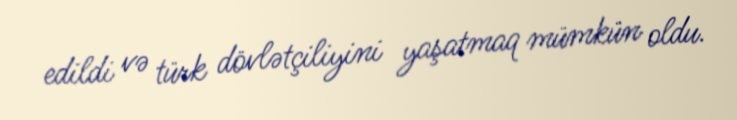
edildi və türk dövlətçiliyini yaşatmaq mümkün oldu.